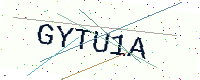
Text: GYTU1A